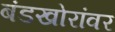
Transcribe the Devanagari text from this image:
बंडखोरांवर